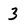
Character: 3